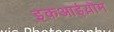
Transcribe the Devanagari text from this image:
इकआईय़ॊम